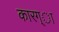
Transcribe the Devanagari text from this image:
कारग्ा